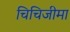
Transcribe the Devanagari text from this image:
चिचिजीमा